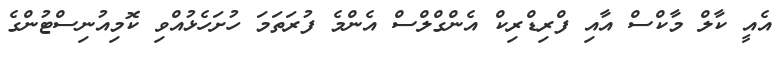
އެއީ ކާލް މާކްސް އާއި ފްރިޑްރިކް އެންގްލްސް އެންމެ ފުރަތަމަ ހުށަހެޅުއްވި ކޮމިއުނިސްޓުންގެ